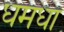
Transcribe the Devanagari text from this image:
धमधा